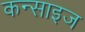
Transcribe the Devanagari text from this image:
कन्साइज